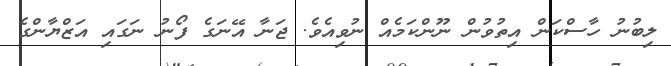
ލިބުނު ހާސްކަން އިތުވުން ނޫންކަމެއް ނުވިއެވެ. ޖަނާ އޭނަގެ ފޯނު ނަގައި އަޒްޔާންގެ